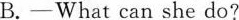
B.-What can she do?